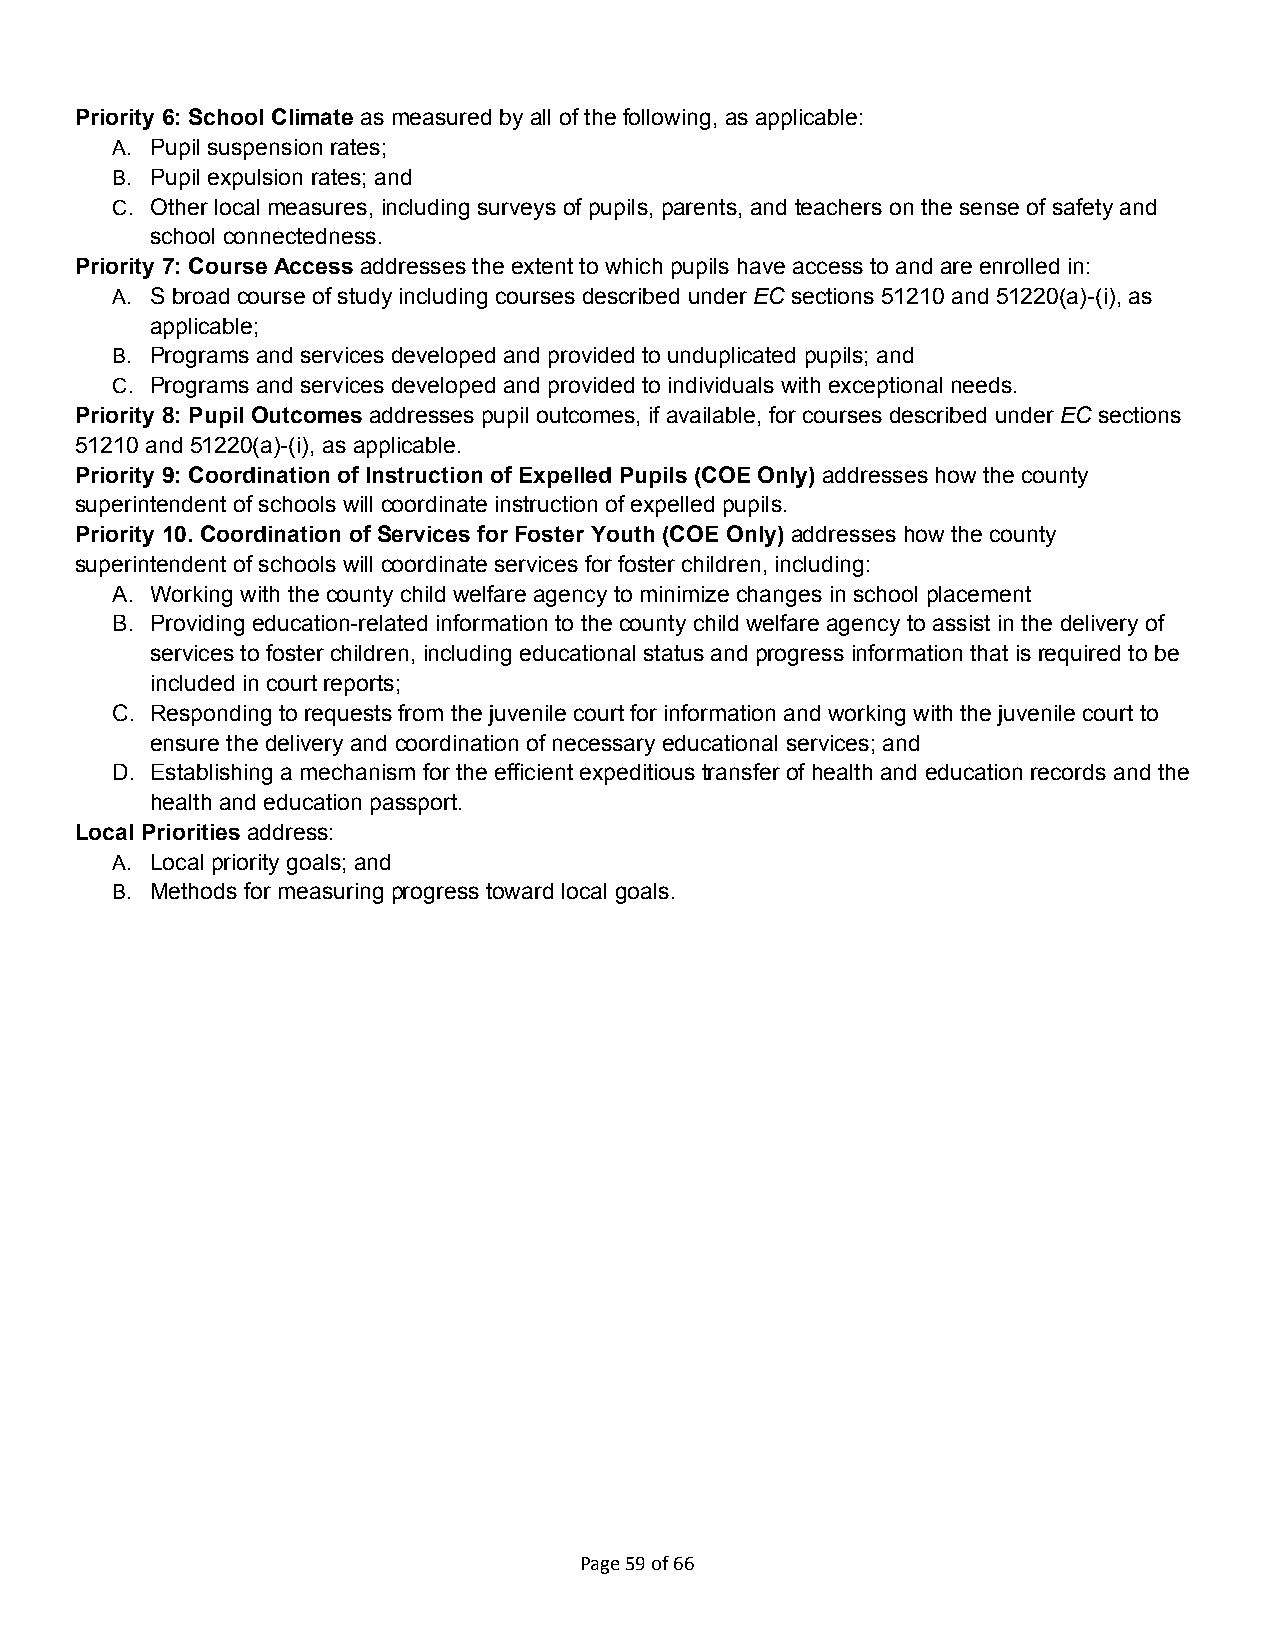
Priority 6: School Climate as measured by all of the following, as applicable:
 A. Pupil suspension rates;
 B. Pupil expulsion rates; and
 C. Other local measures, including surveys of pupils, parents, and teachers on the sense of safety and
 school connectedness.
 Priority 7: Course Access addresses the extent to which pupils have access to and are enrolled in:
 A. S broad course of study including courses described under EC sections 51210 and 51220(a)-(i), as
 applicable;
 B. Programs and services developed and provided to unduplicated pupils; and
 C. Programs and services developed and provided to individuals with exceptional needs.
 Priority 8: Pupil Outcomes addresses pupil outcomes, if available, for courses described under EC sections
 51210 and 51220(a)-(i), as applicable.
 Priority 9: Coordination of Instruction of Expelled Pupils (COE Only) addresses how the county
 superintendent of schools will coordinate instruction of expelled pupils.
 Priority 10. Coordination of Services for Foster Youth (COE Only) addresses how the county
 superintendent of schools will coordinate services for foster children, including:
 A. Working with the county child welfare agency to minimize changes in school placement
 B. Providing education-related information to the county child welfare agency to assist in the delivery of
 services to foster children, including educational status and progress information that is required to be
 included in court reports;
 C. Responding to requests from the juvenile court for information and working with the juvenile court to
 ensure the delivery and coordination of necessary educational services; and
 D. Establishing a mechanism for the efficient expeditious transfer of health and education records and the
 health and education passport.
 Local Priorities address:
 A. Local priority goals; and
 B. Methods for measuring progress toward local goals.
 Page 59 of 66